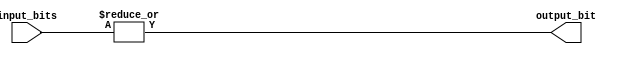
module eight_input_OR_gate (
    input [7:0] input_bits,
    output output_bit
);

assign output_bit = |input_bits;

endmodule